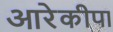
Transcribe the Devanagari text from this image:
आरेकीपा